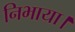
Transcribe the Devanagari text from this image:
निभाया।